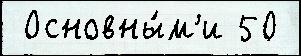
 Основны́м'и 50